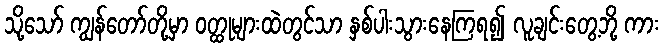
သို့သော် ကျွန်တော်တို့မှာ ဝတ္ထုများထဲတွင်သာ နှစ်ပါးသွားနေကြရ၍ လူချင်းတွေ့ဘို့ ကား